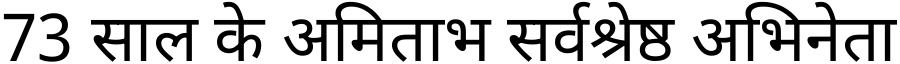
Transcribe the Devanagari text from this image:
73 साल के अमिताभ सर्वश्रेष्ठ अभिनेता